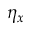
\eta _ { x }